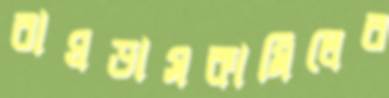
বাঘডাসকামিলের